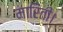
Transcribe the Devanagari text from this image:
मारिती।